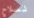
لسلاح